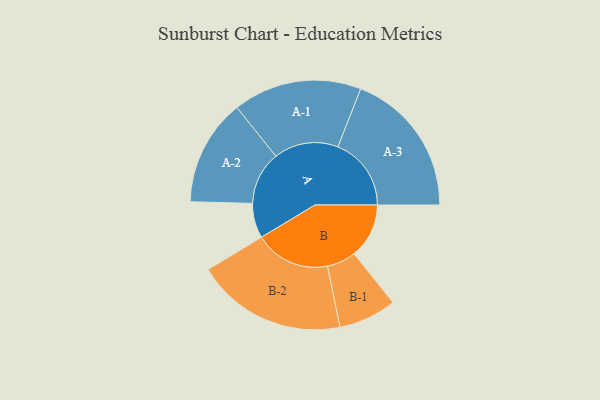
{"axis": {"x": "Segment", "y": "Value"}, "legend": ["", "A", "B"], "data": [{"x": "A", "y": 132, "type": ""}, {"x": "B", "y": 208, "type": ""}, {"x": "A-1", "y": 244, "type": "A"}, {"x": "A-2", "y": 202, "type": "A"}, {"x": "A-3", "y": 278, "type": "A"}, {"x": "B-1", "y": 110, "type": "B"}, {"x": "B-2", "y": 286, "type": "B"}]}